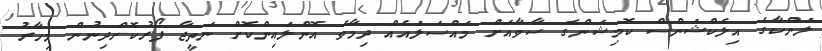
ލަންކާގެ އިލެކްޝަންސް ކޮމިޝަންގެ ސާވާއަށް މައްސަލައެއް ދިމާވެ އޮންލައިންކޮށް ނަތީޖާ ފޯރުކޮށްދިނުން މިހާރު